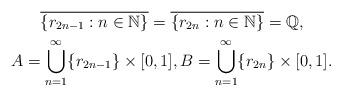
LaTeX: \begin{gather*}\overline{\{r_{2n-1}:n\in\mathbb N\}}=\overline{\{r_{2n}:n\in\mathbb N\}}=\mathbb Q,\\A=\bigcup_{n=1}^\infty \{r_{2n-1}\}\times [0,1],B=\bigcup_{n=1}^\infty \{r_{2n}\}\times [0,1]. \end{gather*}